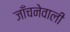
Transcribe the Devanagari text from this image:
जाँचनेवाली